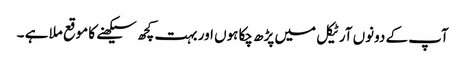
آپ کے دونوں آرٹیکل میں پڑھ چکا ہوں اور بہت کچھ سیکھنے کا موقع ملا ہے ۔